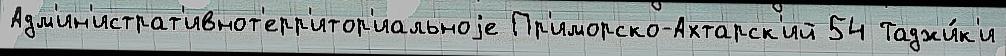
Адм'ин'истрат'ивнот'ерр'итор'иальноjе Пр'иморско-Ахтарск'ий 54 Таджи́к'и